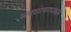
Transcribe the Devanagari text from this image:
अवशोषणप्रक्रम